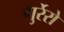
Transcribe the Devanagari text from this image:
गुर्रेरो